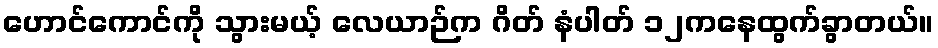
ဟောင်ကောင်ကို သွားမယ့် လေယာဉ်က ဂိတ် နံပါတ် ၁၂ကနေထွက်ခွာတယ်။